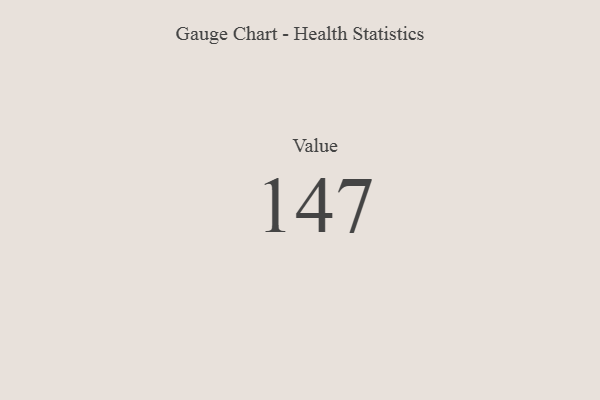
{"axis": {"x": "Metric", "y": "Value"}, "legend": [""], "data": [{"x": "Value", "y": 147, "type": ""}]}